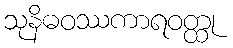
သုနိဓဝဿကာရဝတ္ထု